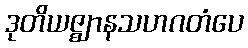
ဒုတိယဇ္ဈာနသဟဂတံပေ